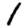
Digit: 1